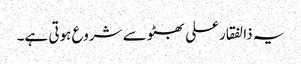
یہ ذالفقارعلی بھٹو سے شروع ہوتی ہے۔